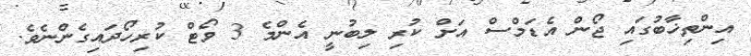
އިންތިޚާބުގައި ޖޯން އެޑަމްސް އަށް ކުރި ލިބުނީ އެންމެ 3 ވޯޓް ކުރިހޯދައިގެންނެވެ.